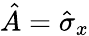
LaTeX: \hat{A}=\hat{\sigma}_{x}